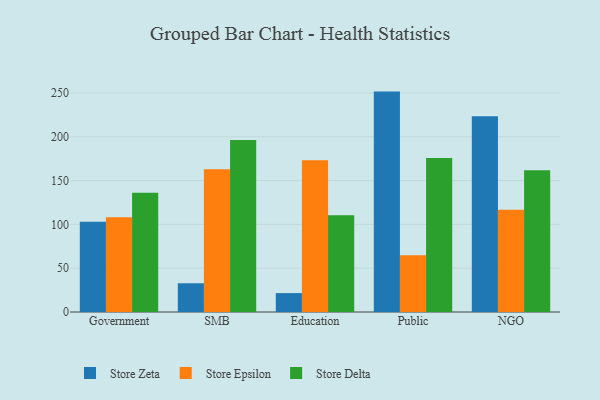
{"axis": {"x": "Segment", "y": "Humidity (%)"}, "legend": ["Store Delta", "Store Epsilon", "Store Zeta"], "data": [{"x": "Government", "y": 103.1, "type": "Store Zeta"}, {"x": "Government", "y": 108.3, "type": "Store Epsilon"}, {"x": "Government", "y": 136.1, "type": "Store Delta"}, {"x": "SMB", "y": 32.8, "type": "Store Zeta"}, {"x": "SMB", "y": 163.1, "type": "Store Epsilon"}, {"x": "SMB", "y": 196.4, "type": "Store Delta"}, {"x": "Education", "y": 21.6, "type": "Store Zeta"}, {"x": "Education", "y": 173.3, "type": "Store Epsilon"}, {"x": "Education", "y": 110.4, "type": "Store Delta"}, {"x": "Public", "y": 251.6, "type": "Store Zeta"}, {"x": "Public", "y": 64.9, "type": "Store Epsilon"}, {"x": "Public", "y": 175.9, "type": "Store Delta"}, {"x": "NGO", "y": 223.5, "type": "Store Zeta"}, {"x": "NGO", "y": 116.8, "type": "Store Epsilon"}, {"x": "NGO", "y": 161.9, "type": "Store Delta"}]}